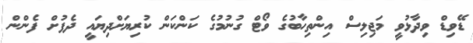
ޑޭވިޑް ވިދާޅުވީ މަޖިލިސް އިންތިހާބުގެ ވޯޓް ގުނުމުގެ ކަންކަން ކުރިޔަށްދިޔައީ ދެފުށް ފެންން